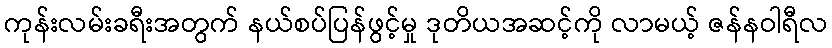
ကုန်းလမ်းခရီးအတွက် နယ်စပ်ပြန်ဖွင့်မှု ဒုတိယအဆင့်ကို လာမယ့် ဇန်နဝါရီလ